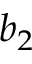
b _ { 2 }